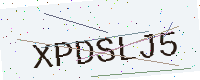
Text: XPDSLJ5